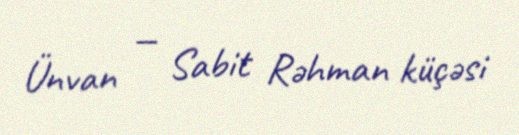
Ünvan — Sabit Rəhman küçəsi